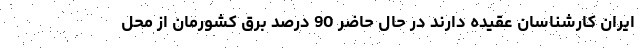
ایران کارشناسان عقیده دارند در حال حاضر 90 درصد برق کشورمان از محل